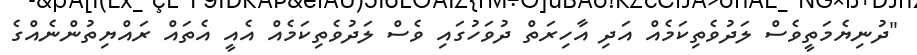
"ދުނިޔެމަތީވެސް ލަދުވެތިކަމެއް އަދި އާހިރަތް ދުވަހުގައި ވެސް ލަދުވެތިކަމެއް އެއީ އެތައް ރައްޔިތުންނެއްގެ